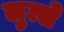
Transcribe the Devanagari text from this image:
लुत्से